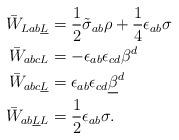
LaTeX: \begin{align*}\bar W_{L a b \underline L} &= \frac{1}{2} \tilde \sigma_{ab} \rho + \frac{1}{4}\epsilon_{ab}\sigma\\\bar W_{abcL}&=-\epsilon_{ab} \epsilon_{cd} \beta^d\\\bar W_{abc\underline L}&=\epsilon_{ab} \epsilon_{cd} \underline{\beta}^d\\\bar W_{ab\underline{L} L}&=\frac{1}{2} \epsilon_{ab}\sigma.\end{align*}